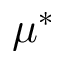
\mu ^ { * }